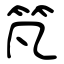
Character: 竼